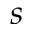
s